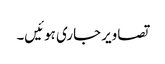
تصاویر جاری ہوئیں۔